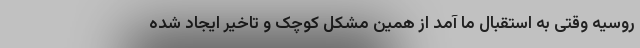
روسیه وقتی به استقبال ما آمد از همین مشکل کوچک و تاخیر ایجاد شده